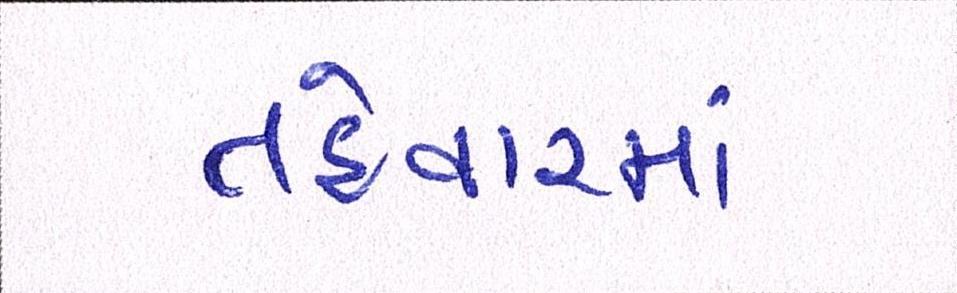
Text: તહેવારમાં